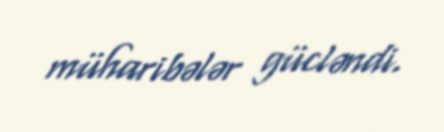
müharibələr gücləndi.